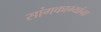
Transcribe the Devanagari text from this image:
सांगकाम्यांना